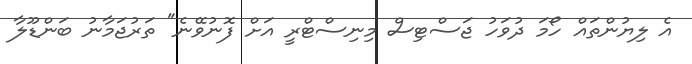
އެ ލިޔުންތައް ހޯމަ ދުވަހު ޖަސްޓިސް މިނިސްޓްރީ އަށް ފޮނުވޭނެ" ތަރުޖަމާނު ބަންޑޫލާ